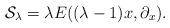
LaTeX: \begin{align*}{\cal S}_{\lambda}= \lambda E((\lambda-1)x,\partial_x).\end{align*}